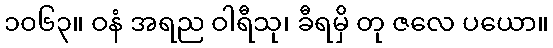
၁၀၆၃။ ဝနံ အရည ဝါရီသု၊ ခီရမှိ တု ဇလေ ပယော။